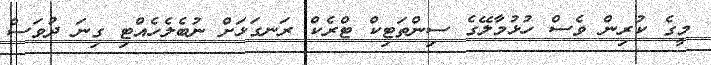
މީގެ ކުރިން ވެސް ހުޅުމާލޭގެ ސިންތަޓިކް ޓްރެކް ރަނގަޅަށް ނުބެލެހެއްޓި ގިނަ ދުވަސް